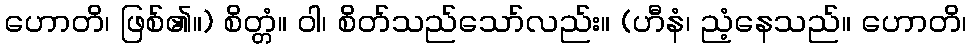
ဟောတိ၊ ဖြစ်၏။) စိတ္တံ။ ဝါ၊ စိတ်သည်သော်လည်း။ (ဟီနံ၊ ညံ့နေသည်။ ဟောတိ၊